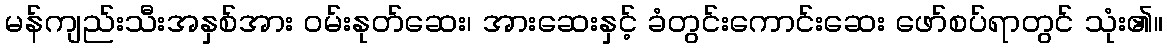
မန်ကျည်းသီးအနှစ်အား ဝမ်းနုတ်ဆေး၊ အားဆေးနှင့် ခံတွင်းကောင်းဆေး ဖော်စပ်ရာတွင် သုံး၏။